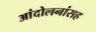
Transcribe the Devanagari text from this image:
आंदोलनांसह